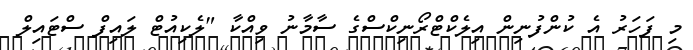
މި ފަހަރު އެ ކުންފުނިން އިލެކްޓްރޯނިކްސްގެ ސާމާނު ވިއްކާ "ލެކިއުޓް ލައިފް ސްޓައިލް